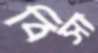
বিসা